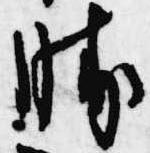
勝